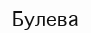
Булева